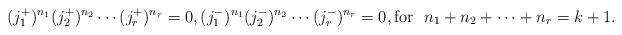
LaTeX: \begin{align*} (j^+_1)^{n_{1}} (j^+_2)^{n_{2}} \cdots (j^+_r)^{n_{r}} = 0, (j^-_1)^{n_{1}} (j^-_2)^{n_{2}} \cdots (j^-_r)^{n_{r}} = 0, {\rm for}~~ n_1+n_2+\cdots+ n_{r} = k+1.\end{align*}